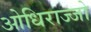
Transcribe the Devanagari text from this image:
ओधिराज्जो